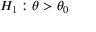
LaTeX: H _ { 1 } : \theta > \theta _ { 0 }